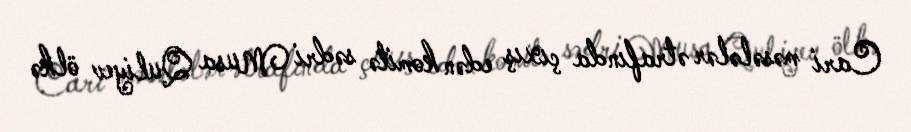
Cari məsələlər ətrafında çıxış edən komitə sədri Musa Quliyev ölkə